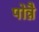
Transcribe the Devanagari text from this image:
पोन्नै